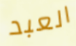
العبد